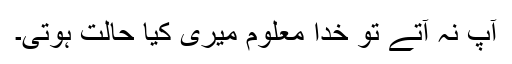
آپ نہ آتے تو خدا معلوم میری کیا حالت ہوتی۔